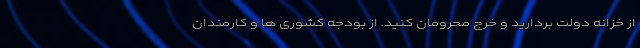
از خزانه دولت بردارید و خرج محرومان کنید. از بودجه کشوری ها و کارمندان